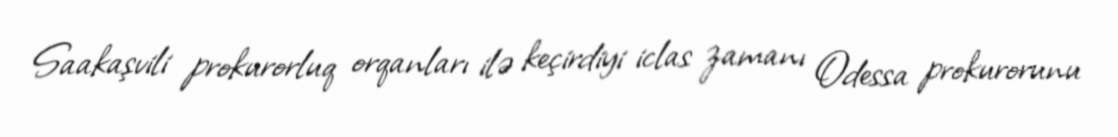
Saakaşvili prokurorluq orqanları ilə keçirdiyi iclas zamanı Odessa prokurorunu